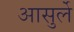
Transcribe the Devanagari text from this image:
आसुर्ले